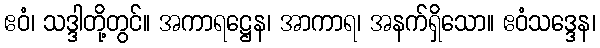
ဧဝံ၊ သဒ္ဒါတို့တွင်။ အကာရဋ္ဌေန၊ အာကာရ၊ အနက်ရှိသော။ ဧဝံသဒ္ဒေန၊